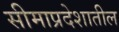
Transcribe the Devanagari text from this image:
सीमाप्रदेशातील